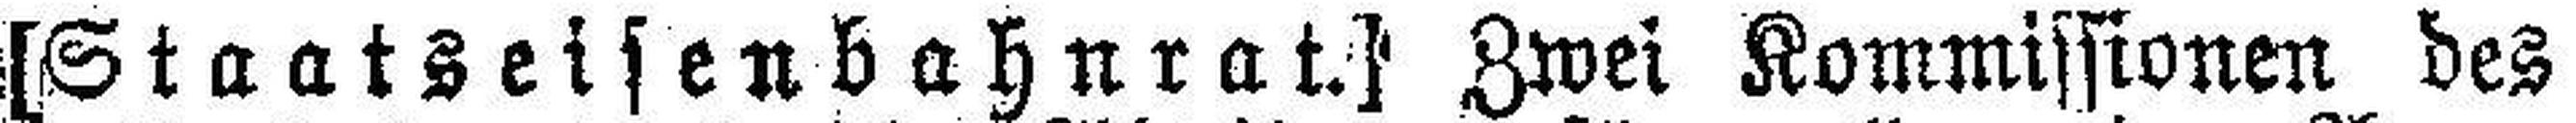
[Staatseisenbahnrat.] Zwei Kommissionen des